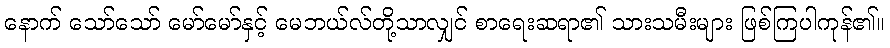
နောက် သော်သော် မော်မော်နှင့် မေဘယ်လ်တို့သာလျှင် စာရေးဆရာ၏ သားသမီးများ ဖြစ်ကြပါကုန်၏။